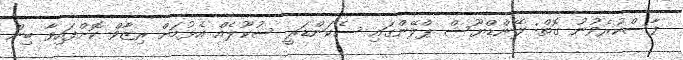
ފާސްކުރެވުނު ގޮތް: ލޭންޑްޔޫސް ޕްލޭންގައި ސެކަންޑަރީ ސުކޫލެއް އެޅުމަށް ރިޒާވް ކޮށްފައިވާ ބިން